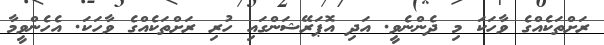
ރަށްތަކެއްގެ ވާހަކަ މި ދެންނެވީ. އަދި އޮޕަރޭޝަންގައި ހުރި ރަށްތަކެއްގެ ވާހަކަ. އެހެންވީމާ